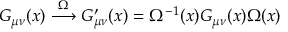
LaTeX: G _ { \mu \nu } ( x ) \stackrel { \Omega } { \longrightarrow } G _ { \mu \nu } ^ { \prime } ( x ) = \Omega ^ { - 1 } ( x ) G _ { \mu \nu } ( x ) \Omega ( x )